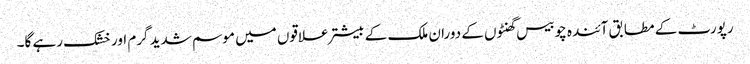
رپورٹ کے مطابق آئندہ چوبیس گھنٹوں کے دوران ملک کے بیشتر علاقوں میں موسم شدید گرم اور خشک رہے گا۔